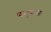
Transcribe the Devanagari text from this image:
प्यभ्युपायतः।